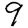
Digit: 9